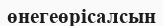
өнегеөрісалсын